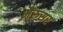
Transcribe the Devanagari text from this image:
भैंरुसर